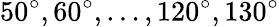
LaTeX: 50^{\circ},60^{\circ},\ldots,120^{\circ},130^{\circ}